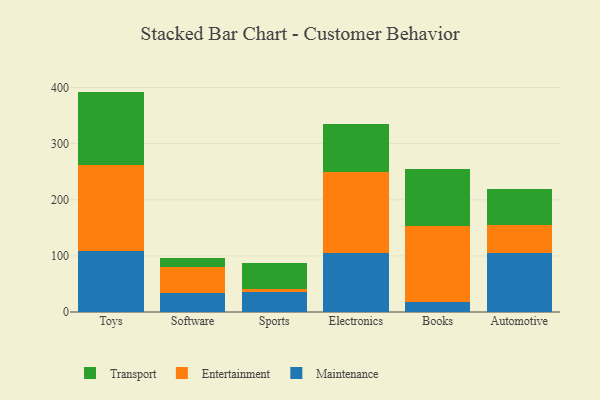
{"axis": {"x": "Category", "y": "Page Views"}, "legend": ["Entertainment", "Maintenance", "Transport"], "data": [{"x": "Toys", "y": 109.2, "type": "Maintenance"}, {"x": "Toys", "y": 153.6, "type": "Entertainment"}, {"x": "Toys", "y": 130.1, "type": "Transport"}, {"x": "Software", "y": 34.1, "type": "Maintenance"}, {"x": "Software", "y": 46.5, "type": "Entertainment"}, {"x": "Software", "y": 16.0, "type": "Transport"}, {"x": "Sports", "y": 34.8, "type": "Maintenance"}, {"x": "Sports", "y": 6.8, "type": "Entertainment"}, {"x": "Sports", "y": 46.1, "type": "Transport"}, {"x": "Electronics", "y": 105.6, "type": "Maintenance"}, {"x": "Electronics", "y": 143.3, "type": "Entertainment"}, {"x": "Electronics", "y": 86.9, "type": "Transport"}, {"x": "Books", "y": 18.6, "type": "Maintenance"}, {"x": "Books", "y": 135.1, "type": "Entertainment"}, {"x": "Books", "y": 100.9, "type": "Transport"}, {"x": "Automotive", "y": 105.0, "type": "Maintenance"}, {"x": "Automotive", "y": 50.9, "type": "Entertainment"}, {"x": "Automotive", "y": 62.9, "type": "Transport"}]}